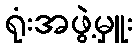
ရုံးအဖွဲ့မှူး